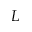
L